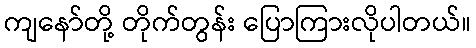
ကျနော်တို့ တိုက်တွန်း ပြောကြားလိုပါတယ်။